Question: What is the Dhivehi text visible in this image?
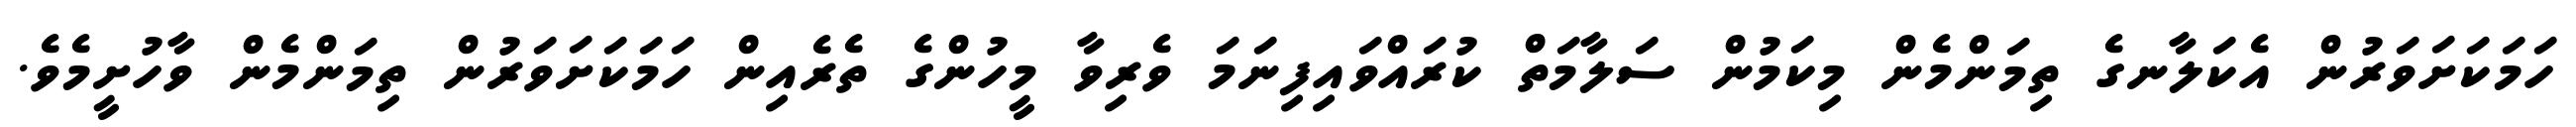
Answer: ހަމަކަށަވަރުން އެކަލާނގެ ތިމަންމެން މިކަމުން ސަލާމަތް ކުރައްވައިފިނަމަ ވެރިވާ މީހުންގެ ތެރެއިން ހަމަކަށަވަރުން ތިމަންމެން ވާހުށީމެވެ.